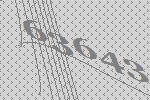
63643